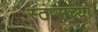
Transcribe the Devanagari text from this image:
स्टंप्सच्या